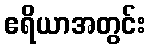
ဧရိယာအတွင်း